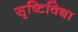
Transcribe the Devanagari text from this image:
सृष्टिविद्या